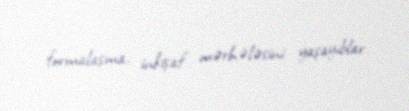
formalaşma, inkişaf mərhələsini yaşayıblar.